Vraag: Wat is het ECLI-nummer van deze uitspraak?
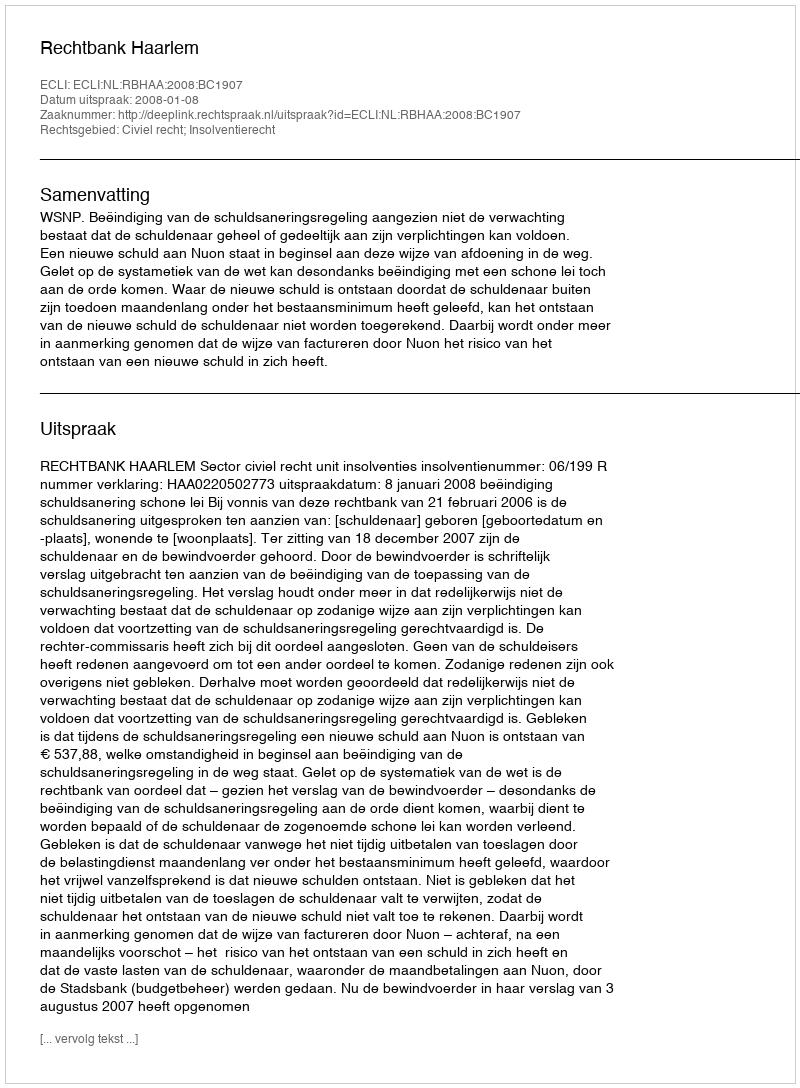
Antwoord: ECLI:NL:RBHAA:2008:BC1907